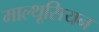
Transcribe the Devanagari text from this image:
माल्थूसियन